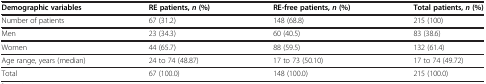
<table><thead><tr><td><b>Demographic variables</b></td><td><b>RE patients,<i>n</i>(%)</b></td><td><b>RE-free patients,<i>n</i>(%)</b></td><td><b>Total patients,<i>n</i>(%)</b></td></tr></thead><tbody><tr><td>Number of patients</td><td>67 (31.2)</td><td>148 (68.8)</td><td>215 (100)</td></tr><tr><td>Men</td><td>23 (34.3)</td><td>60 (40.5)</td><td>83 (38.6)</td></tr><tr><td>Women</td><td>44 (65.7)</td><td>88 (59.5)</td><td>132 (61.4)</td></tr><tr><td>Age range, years (median)</td><td>24 to 74 (48.87)</td><td>17 to 73 (50.10)</td><td>17 to 74 (49.72)</td></tr><tr><td>Total</td><td>67 (100.0)</td><td>148 (100.0)</td><td>215 (100.0)</td></tr></tbody></table>